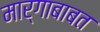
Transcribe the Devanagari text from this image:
मार्गाबाबत